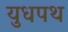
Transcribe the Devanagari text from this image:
युधपथ